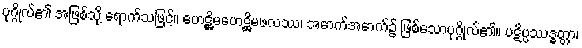
ပုဂ္ဂိုလ်၏ အဖြစ်သို့ ရောက်သဖြင့်။ ဟေဋ္ဌိမဟေဋ္ဌိမဖလဿ၊ အောက်အောက်၌ ဖြစ်သောပုဂ္ဂိုလ်၏။ ပဋိပ္ပဿဒ္ဓတ္တာ၊